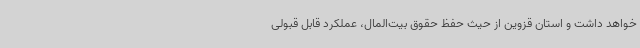
خواهد داشت و استان قزوین از حیث حفظ حقوق بیت‌المال، عملکرد قابل قبولی